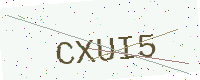
Text: CXUI5